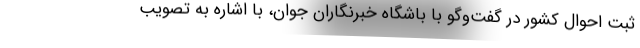
ثبت احوال کشور در گفت‌وگو با باشگاه خبرنگاران جوان، با اشاره به تصویب